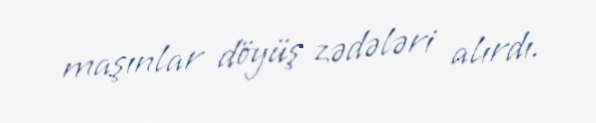
maşınlar döyüş zədələri alırdı.